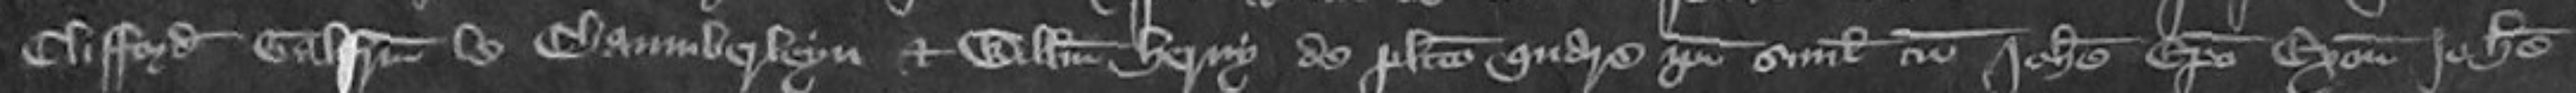
Clifford Galfridum Chamberleyn et Willelmum Henry de placito quare ipsi simul cum Johanne Episcopo Exonie Johanne